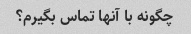
چگونه با آنها تماس بگیرم؟